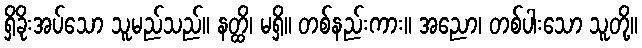
ရှိခိုးအပ်သော သူမည်သည်။ နတ္ထိ၊ မရှိ။ တစ်နည်းကား။ အညော၊ တစ်ပါးသော သူတို့။